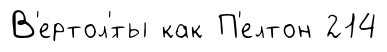
В'ертол'́ты как П'елтон 214